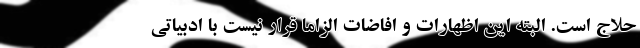
حلاج است. البته این اظهارات و افاضات الزاما قرار نیست با ادبیاتی